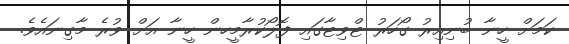
ކަމަށް ހީނާ ބުނިއިރު ގޯހަރު ޓްވިޓާގައި ފޮލޯކުރާމީހން ހީނާ އަށް ވުރެ މާގިނައެވެ.